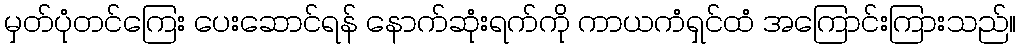
မှတ်ပုံတင်ကြေး ပေးဆောင်ရန် နောက်ဆုံးရက်ကို ကာယကံရှင်ထံ အကြောင်းကြားသည်။